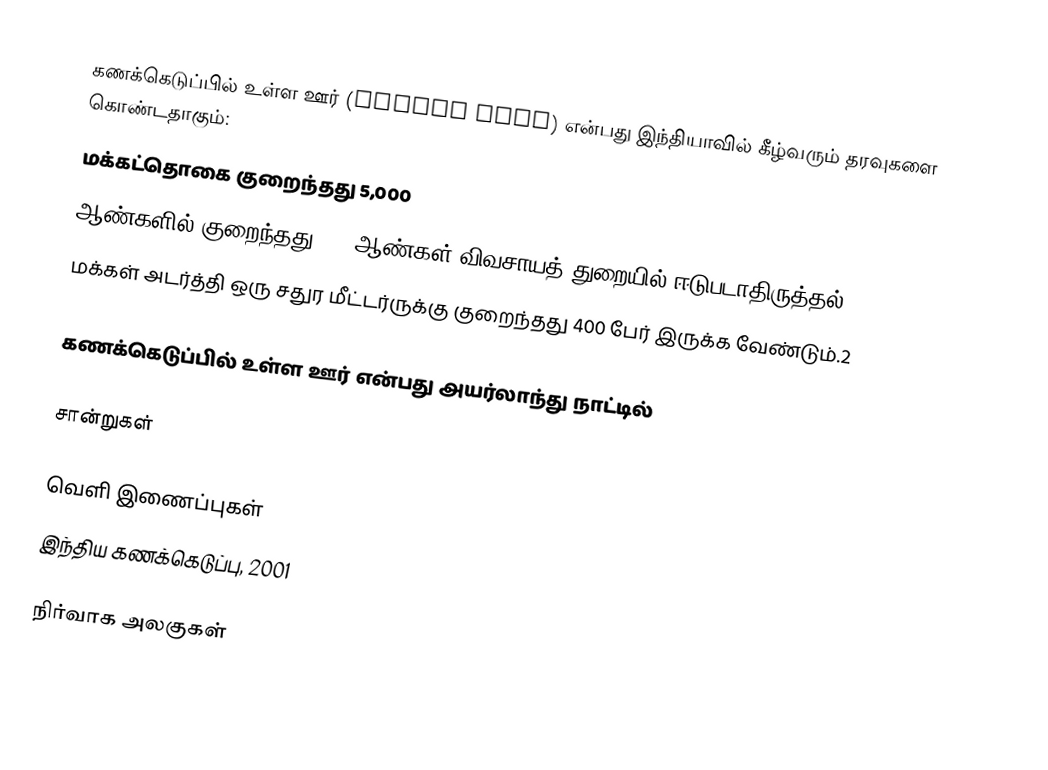
கணக்கெடுப்பில் உள்ள ஊர் (Census town) என்பது இந்தியாவில் கீழ்வரும் தரவுகளை கொண்டதாகும்:
 மக்கட்தொகை குறைந்தது 5,000
 ஆண்களில் குறைந்தது 75% ஆண்கள் விவசாயத் துறையில் ஈடுபடாதிருத்தல்
 மக்கள் அடர்த்தி ஒரு சதுர மீட்டர்ருக்கு குறைந்தது 400 பேர் இருக்க வேண்டும்.2

கணக்கெடுப்பில் உள்ள ஊர் என்பது அயர்லாந்து நாட்டில்

சான்றுகள்

வெளி இணைப்புகள்
 இந்திய கணக்கெடுப்பு, 2001

நிர்வாக அலகுகள்